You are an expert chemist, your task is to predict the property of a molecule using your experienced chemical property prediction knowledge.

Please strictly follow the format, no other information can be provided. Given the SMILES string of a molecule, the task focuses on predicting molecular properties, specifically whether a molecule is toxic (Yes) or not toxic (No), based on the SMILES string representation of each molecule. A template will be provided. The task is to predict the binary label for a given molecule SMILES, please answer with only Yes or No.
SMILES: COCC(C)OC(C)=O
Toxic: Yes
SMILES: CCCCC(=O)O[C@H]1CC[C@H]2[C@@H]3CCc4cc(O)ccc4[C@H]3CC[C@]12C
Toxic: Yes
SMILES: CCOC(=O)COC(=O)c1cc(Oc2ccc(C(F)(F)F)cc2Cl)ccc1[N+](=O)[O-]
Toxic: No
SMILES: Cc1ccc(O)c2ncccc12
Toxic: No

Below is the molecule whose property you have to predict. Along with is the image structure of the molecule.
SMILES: Brc1cc(Br)c(Oc2cc(Br)c(Br)cc2Br)cc1Br
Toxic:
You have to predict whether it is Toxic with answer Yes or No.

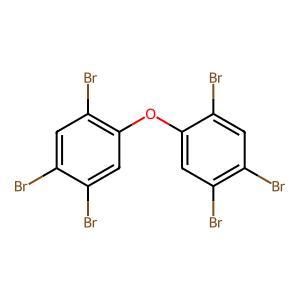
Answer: No